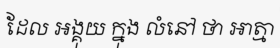
ដែល អង្គុយ ក្នុង លំនៅ ថា អាត្មា